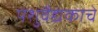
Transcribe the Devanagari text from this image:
पशुवैद्यकाचे